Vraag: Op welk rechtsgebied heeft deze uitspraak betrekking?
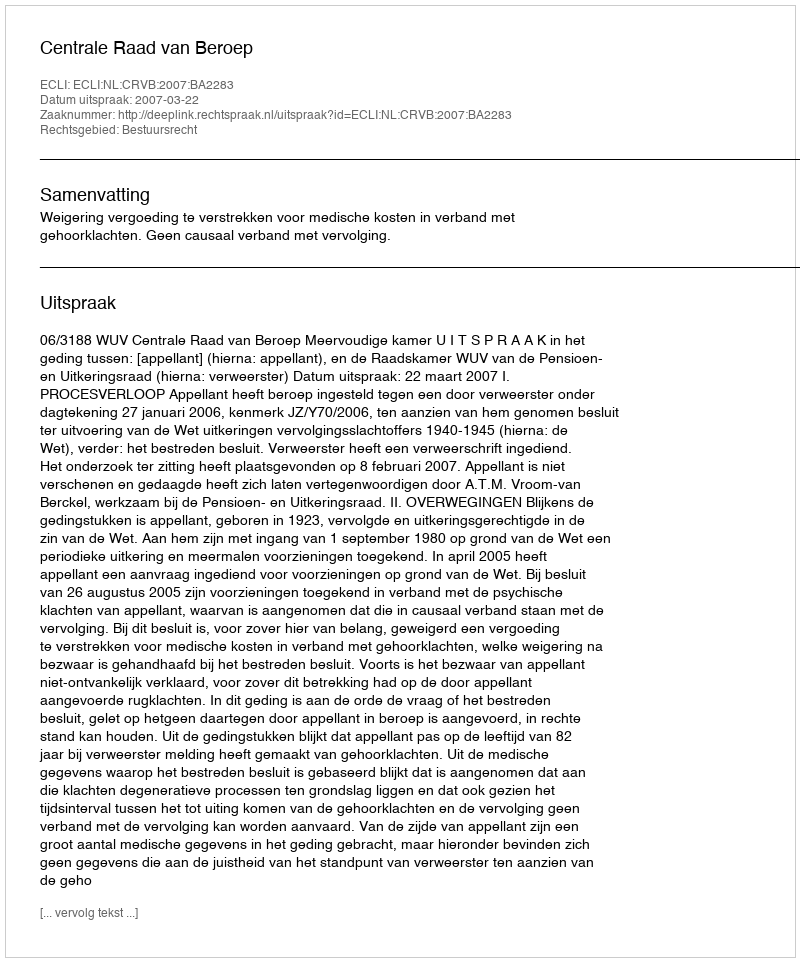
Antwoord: Bestuursrecht